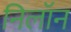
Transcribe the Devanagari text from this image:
निलॉन